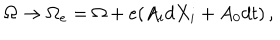
\Omega \to \Omega _ { e } = \Omega + e ( A _ { i } d X _ { i } + A _ { 0 } d t ) \, ,